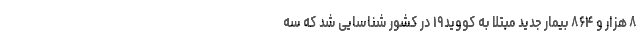
۸ هزار و ۸۶۴ بیمار جدید مبتلا به کووید۱۹ در کشور شناسایی شد که سه